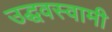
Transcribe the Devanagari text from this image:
उद्धवस्वामी